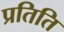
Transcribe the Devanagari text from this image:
प्रतिति